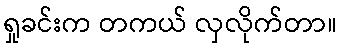
ရှုခင်းက တကယ် လှလိုက်တာ။